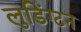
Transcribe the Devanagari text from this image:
लुडिंग्टन